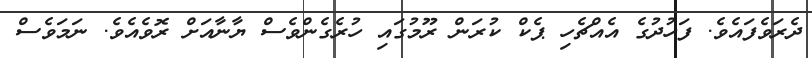
ދެރަވެފައެވެ. ފަހުދުގެ އެއްޗެހި ޕެކް ކުރަން ރޫމުގައި ހުރެގެންވެސް ޔާނާއަށް ރޮވެއެވެ. ނަމަވެސް